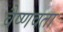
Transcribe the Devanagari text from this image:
वैष्णवता